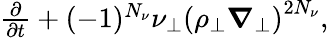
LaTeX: \begin{array}{r}{\frac{\partial}{\partial t}+(-1)^{N_{\nu}}\nu_{\perp}\left(\rho_{\perp}{\boldsymbol{\nabla}}_{\perp}\right)^{2{N_{\nu}}},}\end{array}